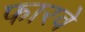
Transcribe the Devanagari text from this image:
फारवे